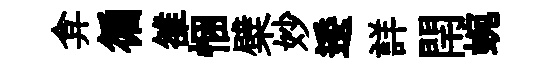
弇徧雒悃檗妙逶詳閈蜿